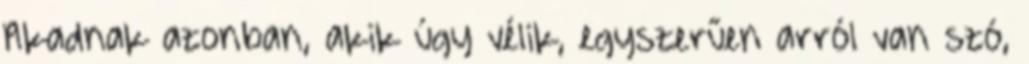
Akadnak azonban, akik úgy vélik, egyszerűen arról van szó,